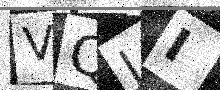
Text: VQJI